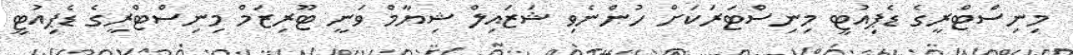
މިނިސްޓްރީގެ ޑެޕިއުޓީ މިނިސްޓަރަކަށް ހުންނެވި ޝަޒައިލް ޝިޔާމް ވަނީ ޓޫރިޒަމް މިނިސްޓްރީގެ ޑެޕިއުޓީ